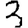
Digit: 3